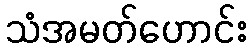
သံအမတ်ဟောင်း